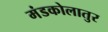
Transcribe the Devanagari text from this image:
मंडकोलातुर